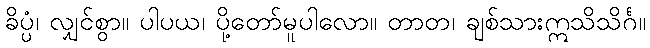
ခိပ္ပံ၊ လျှင်စွာ။ ပါပယ၊ ပို့တော်မူပါလော။ တာတ၊ ချစ်သားဣသိသိင်္ဂ။